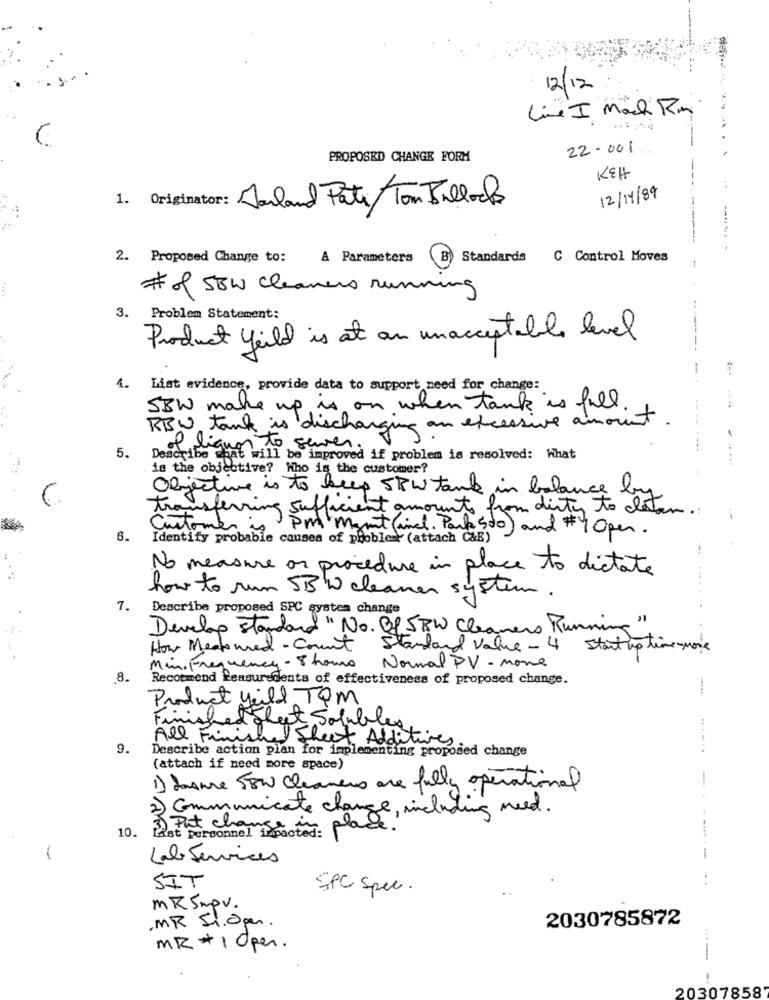
12/12
Line I Mach Rm
... ....
22.001
PROPOSED CHANGE FORM
KEH
---
12/14/89
1. Originator: Jarland Pati Ton Ballocks
-
2. Proposed Change to: A Parameters
B
Standards C Control Moves
-
# of 50W cleaners running
3.
Problem Statement:
Product yeild is at an unacceptable level
-
4. List evidence, provide data to support need for change:
SBW make up is on when tank is fall .
BBW tank is discharging an excessive amount
of lique To server.
5.
Describe That will be improved if problem is resolved: What
is the objective? Who is the customer?
Objective is to keep SBW tank in balance by
transferring sufficient amount from dirty to detan.
Customer is
6.
Identify probable causes of problem (attach CAB)
Pm mant (incl. Park 500) and #10per.
No measure or procedure in place to dictate
how to run SB W cleaner system.
. Describe proposed SPC system change
..... .
Develop standard "No. B& SBW Cleaners Running"
How Meatowed- Count
Standard Value- 4 start up time -more
Min. Frequency - 8 hours
Normal PV- mone
8.
Recommend Reasuredents of effectiveness of proposed change.
-
Product yeild TOM
Sheet Solubles
Finished Shep
All Finished Sheet Additives.
9.
Describe action plan for implementing proposed change
(attach if need more space)
1) Jsme FEW Cleaners are fully operational
2) Communicate change, including need .
10.
3) Put chans
Last Personnel ruote: Place.
Lab Services
SIT
SPC Spec.
MKSmpv.
.MR Si.Open.
2030785872
MR + 1 open.
20307858